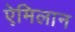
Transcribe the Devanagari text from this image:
ऐमिलान